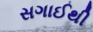
સગાઈથી